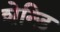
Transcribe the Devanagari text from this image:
शेन्ड़ि